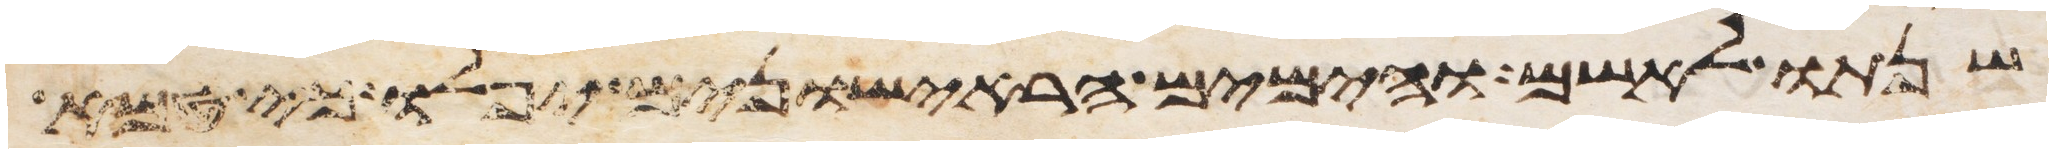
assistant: שנתו לאשם והימים הראישונים יפלו כי טמא